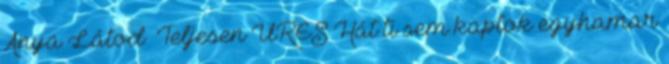
Anya Látod Teljesen ÜRES Hát ti sem kaptok egyhamar